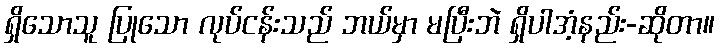
ရှိသောသူ ပြုသော လုပ်ငန်းသည် ဘယ်မှာ မပြီးဘဲ ရှိပါအံ့နည်း-ဆိုတာ။